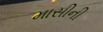
માસીની